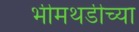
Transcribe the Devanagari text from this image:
भीमथडीच्या